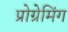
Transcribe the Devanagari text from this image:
प्रोग्रेमिंग